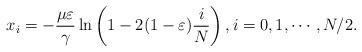
LaTeX: \begin{align*} x_i= -\frac{\mu\varepsilon}{\gamma}\ln\left(1-2(1-\varepsilon)\frac{i}{N}\right),i=0,1,\cdots, N/2.\end{align*}